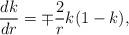
LaTeX: \begin{align*}\frac{dk}{dr} =\mp \frac{2}{r} k(1-k),\end{align*}